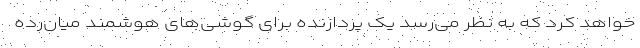
خواهد کرد که به نظر می‌رسد یک پردازنده برای گوشی‌های هوشمند میان‌رده